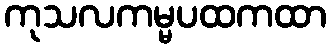
ကုသလကမ္မပထကထာ